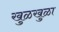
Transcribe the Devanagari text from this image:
खुळखुळा